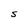
Character: S